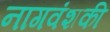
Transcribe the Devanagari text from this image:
नागवंशकी